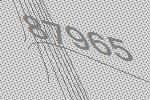
87965